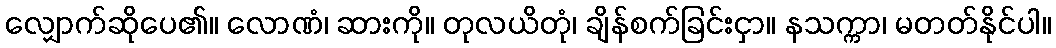
လျှောက်ဆိုပေ၏။ လောဏံ၊ ဆားကို။ တုလယိတုံ၊ ချိန်စက်ခြင်းငှာ။ နသက္ကာ၊ မတတ်နိုင်ပါ။